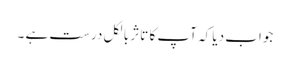
جواب دیا کہ آپ کا تاثر بالکل درست ہے ۔